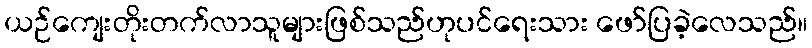
ယဉ်ကျေးတိုးတက်လာသူများဖြစ်သည်ဟုပင်ရေးသား ဖော်ပြခဲ့လေသည်။